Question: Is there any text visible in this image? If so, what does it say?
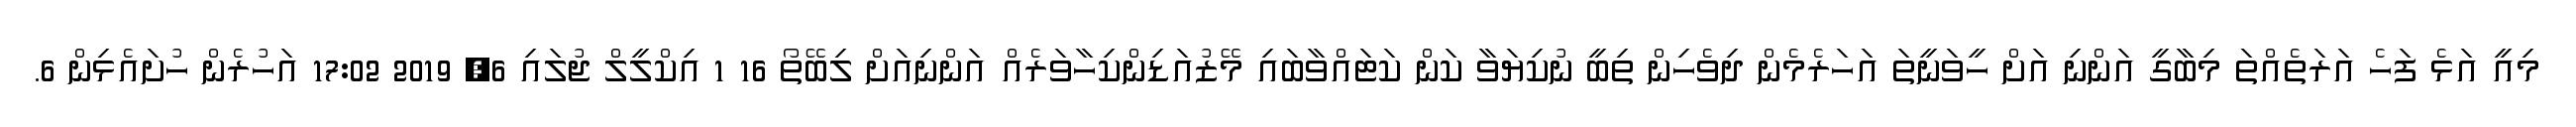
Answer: މިއީ އަޅެ ފަހެ އަރަތެއްތަ މިބާގީ އަންނި އަށް ހީވަނީތަ އަހަރެމެން ދިވެހިން ތިބީ ނުކިޔަވާ ކަން ކަޓައްވާބައި މޭޒުއަޑިންކިހާވަރެއް އަންނިއަށް ލިބޭތޯ 16 1 އިކްލީލް ޖުލައި 6, 2019 17:02 އަހުރެން ހުށައެޅިން 6.